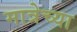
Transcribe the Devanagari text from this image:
मात्रेच्या